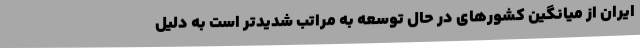
ایران از میانگین کشورهای در حال توسعه به مراتب شدیدتر است به دلیل